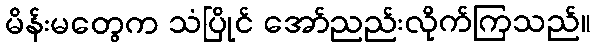
မိန်းမတွေက သံပြိုင် အော်ညည်းလိုက်ကြသည်။